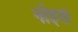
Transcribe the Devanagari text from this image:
नोइस